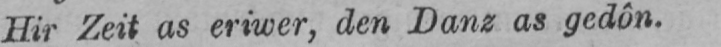
Hir Zeit as eriwer, den Danz as gedôn.